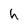
Character: h